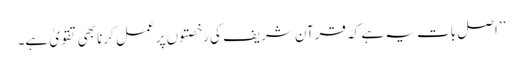
’’ اصل بات یہ ہے کہ قرآن شریف کی رخصتوں پر عمل کرنا بھی تقویٰ ہے۔